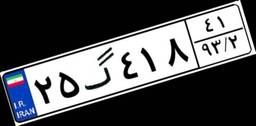
۲۵گ۴۱۸۴۱